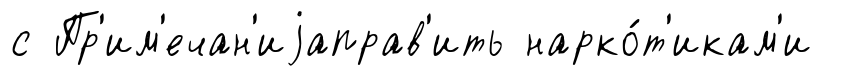
с Пр'им'ечан'иjаправ'ить нарко́т'икам'и